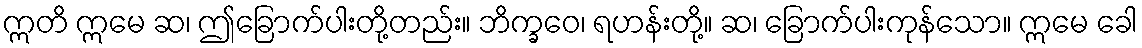
ဣတိ ဣမေ ဆ၊ ဤခြောက်ပါးတို့တည်း။ ဘိက္ခဝေ၊ ရဟန်းတို့။ ဆ၊ ခြောက်ပါးကုန်သော။ ဣမေ ခေါ